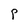
Character: P